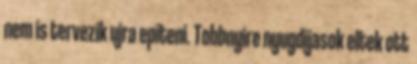
nem is tervezik ujra epiteni. Tobbnyire nyugdijasok eltek ott